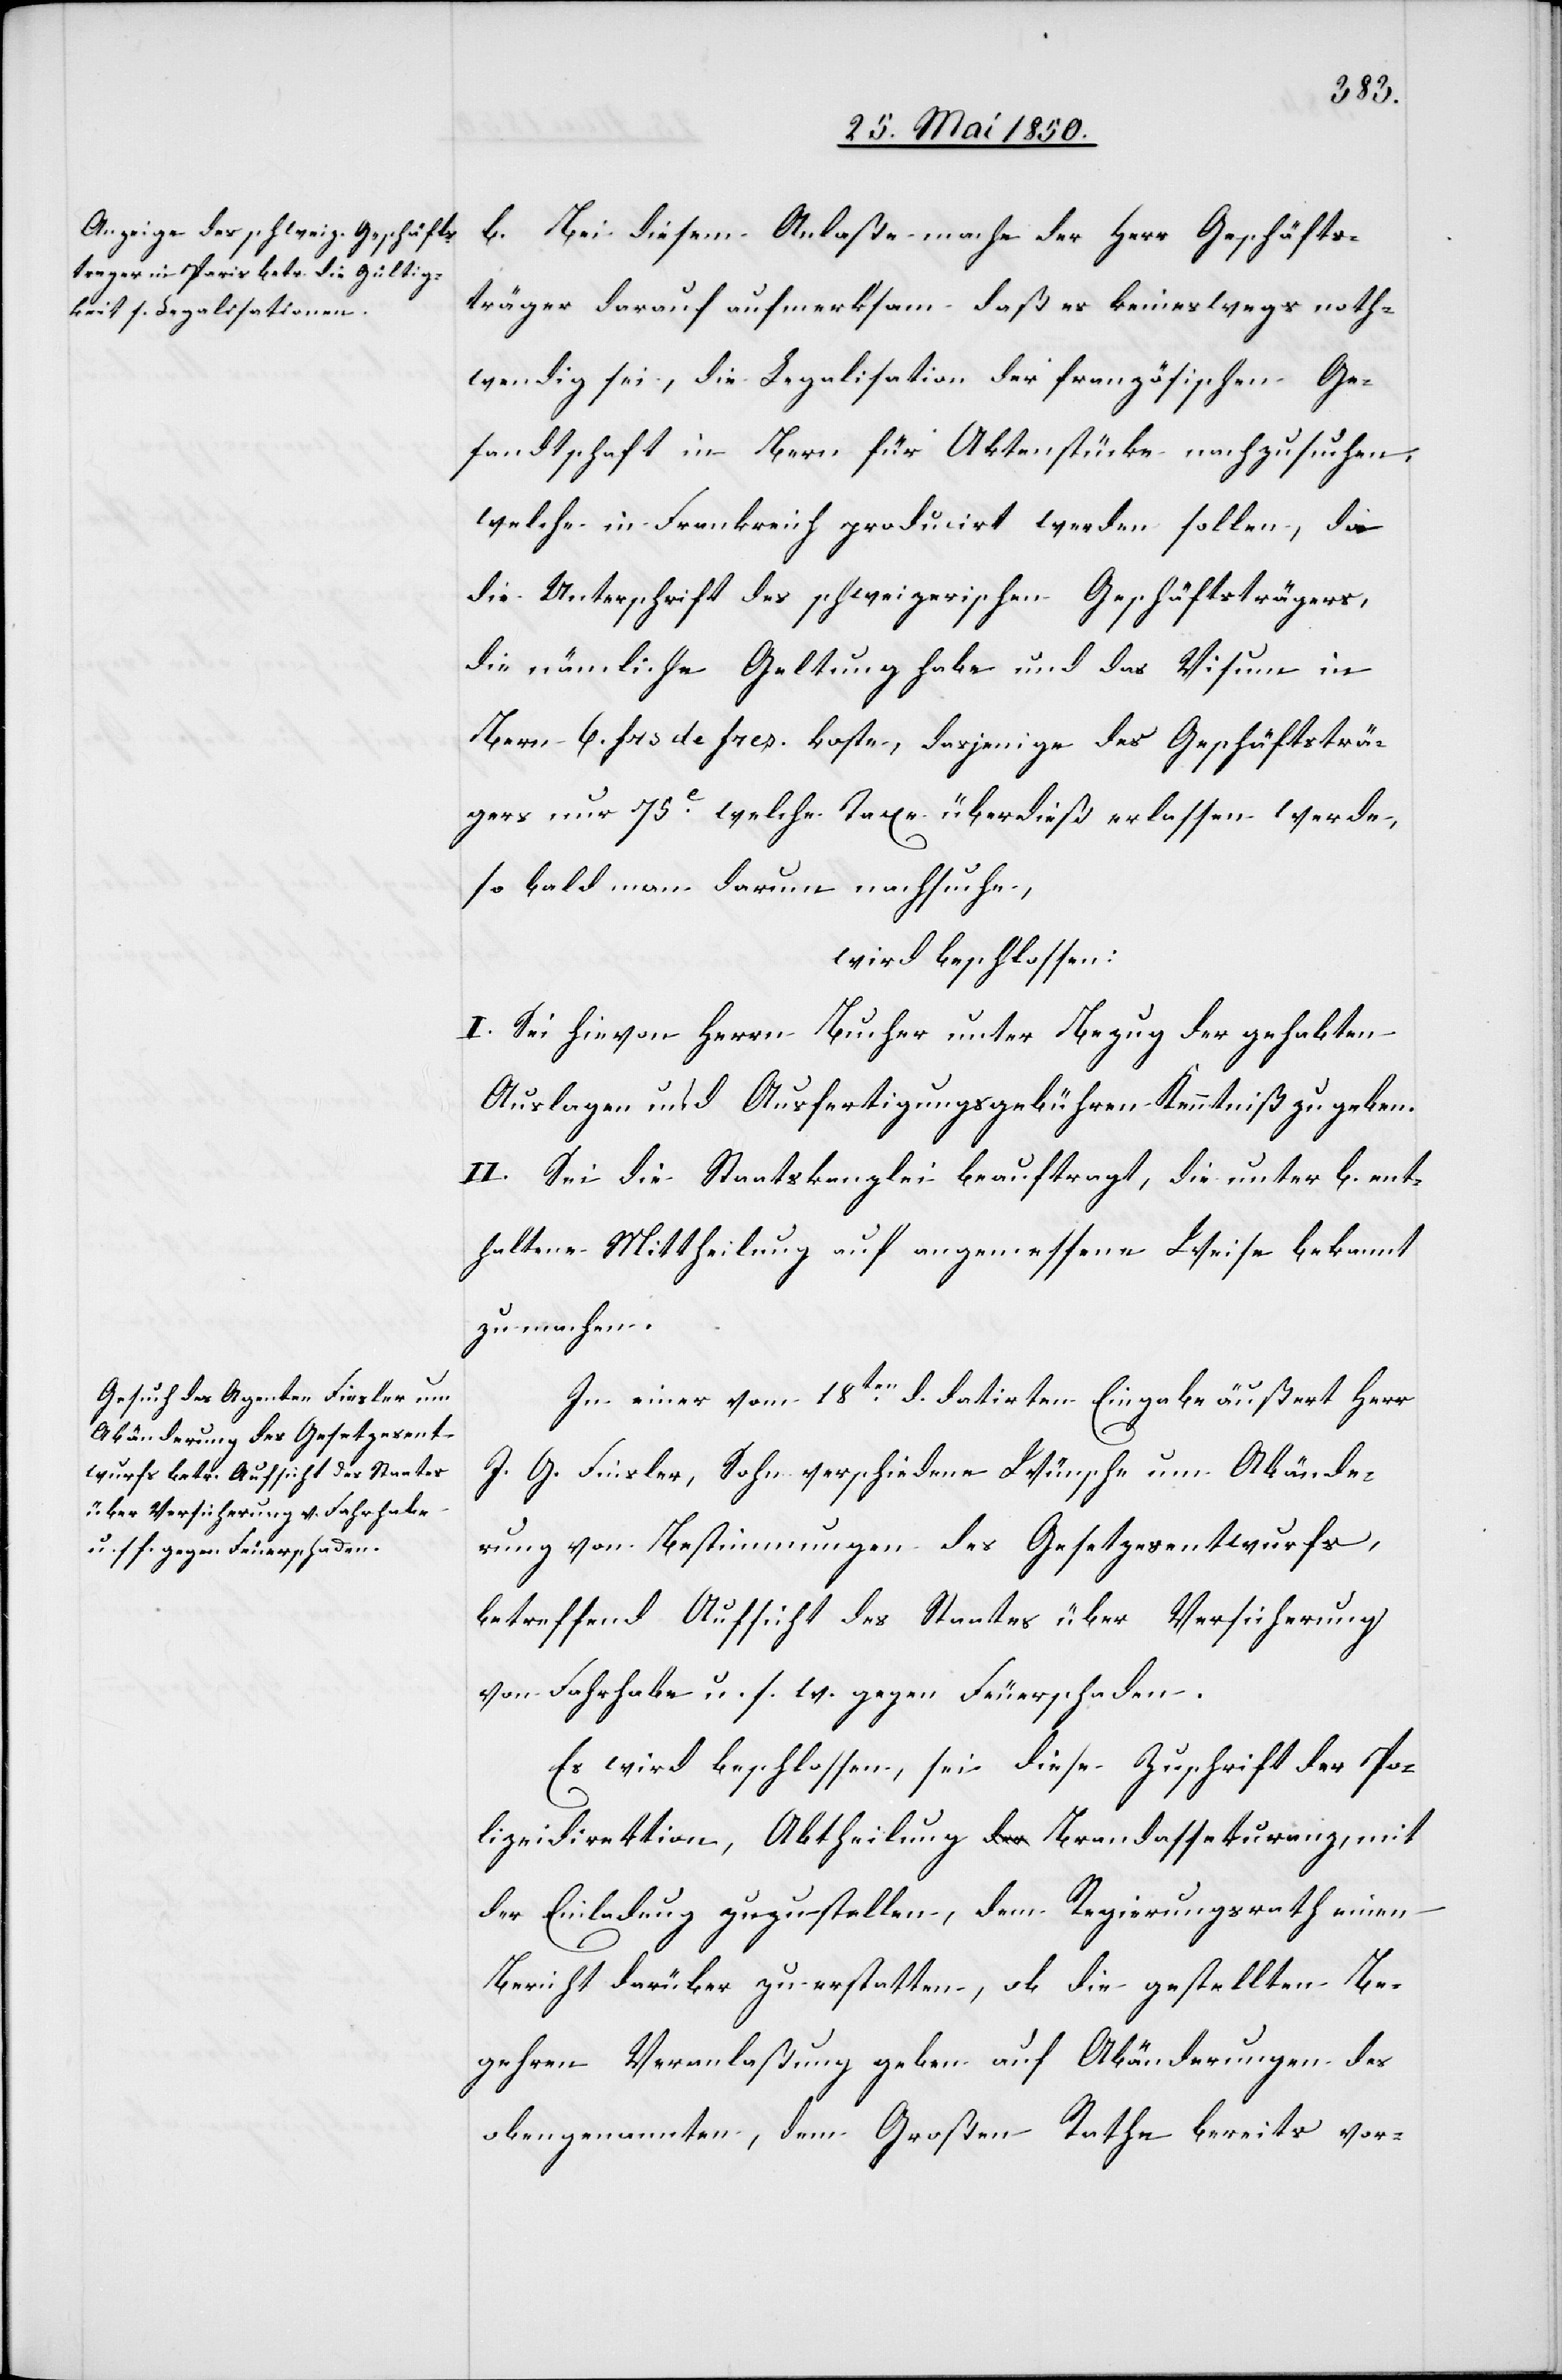
b. Bei diesem Anlaße mache der Herr Geschäfts¬
träger darauf aufmerksam daß es keineswegs noth¬
wendig sei, die Legalisation der französischen Ge¬
sandtschaft in Bern für Aktenstücke nachzusuchen,
welche in Frankreich producirt werden sollen, da
die Unterschrift des schweizerischen Geschäftsträgers,
die nämliche Geltung habe und das Visum in
Bern 6. frs de fres. koste, dasjenige des Geschäftsträ¬
gers nur 75e welche Taxe überdieß erlassen werde,
so bald man darum nachsuche,
wird beschlossen:
I. Sei hievon Herrn Bucher unter Bezug der gehabten
Auslagen und Ausfertigungsgebühren Kenntniß zu geben.
II. Sei die Staatskanzlei beauftragt, die unter b. ent¬
haltene Mittheilung auf angemessene Weise bekannt
zu machen.
In einer vom 18ten d. datirten Eingabe äußert Herr
J. G. Finsler, Sohn verschiedene Wünsche um Abände¬
rung von Bestimmungen des Gesetzesentwurfs,
betreffend Aufsicht des Staates über Versicherung
von Fahrhabe u. s. w. gegen Feuerschaden.
Es wird beschlossen, sei diese Zuschrift der Po¬
lizeidirektion, Abtheilung Brandassekuranz, mit
der Einladung zuzustellen, dem Regierungsrath einen
Bericht darüber zu erstatten, ob die gestellten Be¬
gehren Veranlaßung geben auf Abänderungen des
obengenannten, dem Großen Rathe bereits vor-